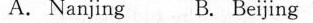
A.Nanjing B. Beijing